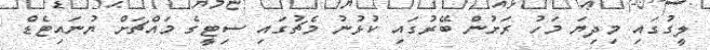
ލީގުގައި މިދިޔަ މަހު ރަށުން ބޭރުގައި ކުޅުނު މެޗުގައި ސިޓީގެ މައްޗަށް ޔުނައިޓެޑް